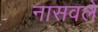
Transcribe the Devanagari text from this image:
नासवले